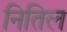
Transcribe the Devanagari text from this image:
नितिल